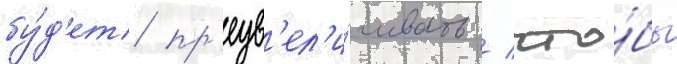
бу́д'ет пр'еув'ел'и́чивать / что́бы